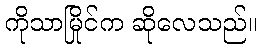
ကိုသာမြိုင်က ဆိုလေသည်။